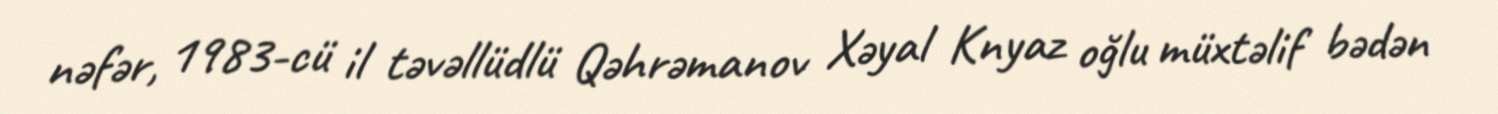
nəfər, 1983-cü il təvəllüdlü Qəhrəmanov Xəyal Knyaz oğlu müxtəlif bədən